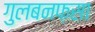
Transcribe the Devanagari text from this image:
गुलबनफ़सा